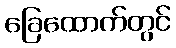
ခြေထောက်တွင်